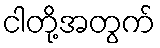
ငါတို့အတွက်